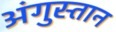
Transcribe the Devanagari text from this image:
अंगुस्तान